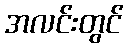
အလင်းတွင်